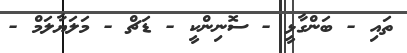
ތައި - ބަންގާޅީ - ސޮނިންކީ - ޑަޗް - މަލަޔާލަމް -